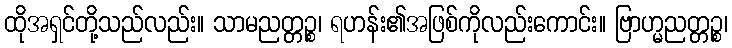
ထိုအရှင်တို့သည်လည်း။ သာမညတ္တဉ္စ၊ ရဟန်း၏အဖြစ်ကိုလည်းကောင်း။ ဗြာဟ္မညတ္တဉ္စ၊